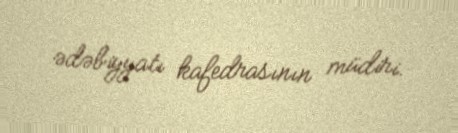
ədəbiyyatı kafedrasının müdiri.